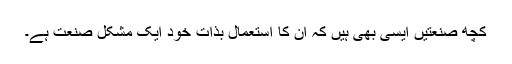
کچھ صنعتیں ایسی بھی ہیں کہ ان کا استعمال بذات خود ایک مشکل صنعت ہے۔